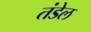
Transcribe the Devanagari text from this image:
तंडेल